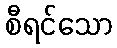
စီရင်သော